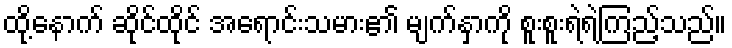
ထို့နောက် ဆိုင်ထိုင် အရောင်းသမား၏ မျက်နှာကို စူးစူးရဲရဲကြည့်သည်။